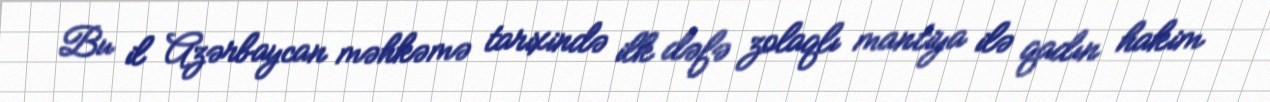
Bu il Azərbaycan məhkəmə tarixində ilk dəfə zolaqlı mantiya ilə qadın hakim